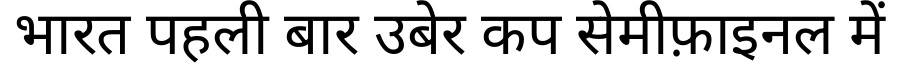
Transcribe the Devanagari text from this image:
भारत पहली बार उबेर कप सेमीफ़ाइनल में